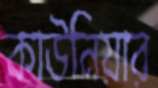
কাউনিয়ার